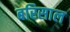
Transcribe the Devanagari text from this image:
बरिसाल